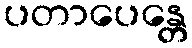
ပတာပေန္တေ